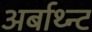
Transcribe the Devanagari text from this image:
अर्बाथ्न्ट